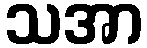
သအာ